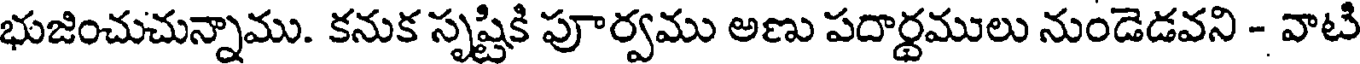
భుజించుచున్నాము. కనుక సృష్టికి పూర్వము అణు పదార్థములు నుండెడవని - వాటి